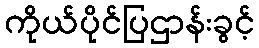
ကိုယ်ပိုင်ပြဌာန်းခွင့်